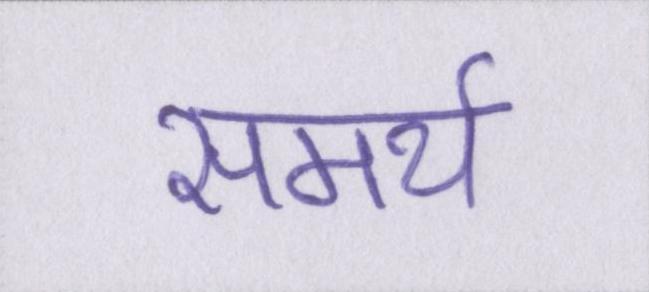
समर्थ